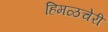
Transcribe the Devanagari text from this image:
हिमळचेरी